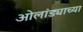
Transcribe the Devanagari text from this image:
ओलांड्याच्या